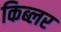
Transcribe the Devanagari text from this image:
किब्लर